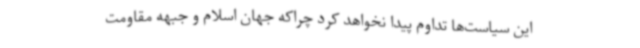
این سیاست‌ها تداوم پیدا نخواهد کرد چراکه جهان اسلام و جبهه مقاومت